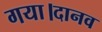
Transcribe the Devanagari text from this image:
गया।दानव